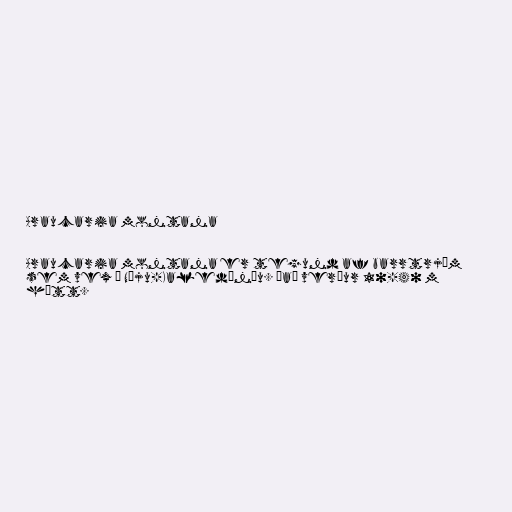
Araucaria montana

Araucaria montana er tegund af barrtrjám
sem vex í Nýju-Kaledóníu. Það verður 10-40 m
hátt.